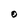
Character: 0